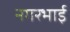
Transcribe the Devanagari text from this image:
नगरभाई